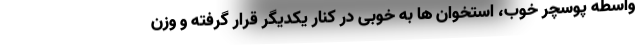
واسطه پوسچر خوب، استخوان ها به خوبی در کنار یکدیگر قرار گرفته و وزن